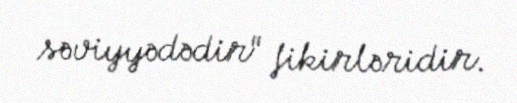
səviyyədədir" fikirləridir.